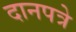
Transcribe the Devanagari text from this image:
दानपत्रे